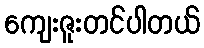
ကျေးဇူးတင်ပါတယ်